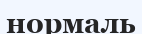
нормаль